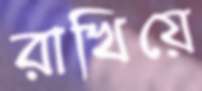
রাখিয়ে